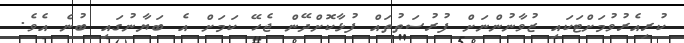
ކުރިއެރުވުމަށްޓަކައި ޒުވާނުންނަށް ފުރުސަތުތައް ފުޅާކޮށްދޭން ޖެހޭ ކަމަށް އެ ބަޔާނުގައި ބުނެ އެވެ.